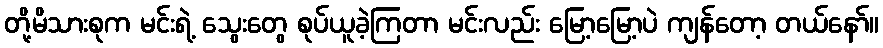
တို့မိသားစုက မင်းရဲ့ သွေးတွေ စုပ်ယူခဲ့ကြတာ မင်းလည်း မြော့မြော့ပဲ ကျန်တော့ တယ်နော်။